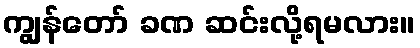
ကျွန်တော် ခဏ ဆင်းလို့ရမလား။